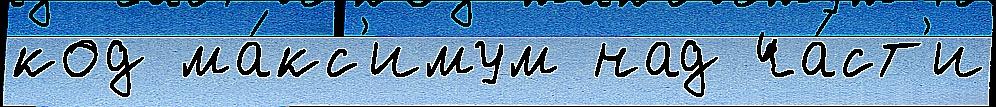
код ма́кс'имум над ча́ст'и